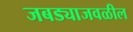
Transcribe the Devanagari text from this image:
जबड्याजवळील